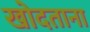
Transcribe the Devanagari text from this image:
खोदताना